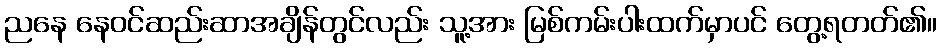
ညနေ နေဝင်ဆည်းဆာအချိန်တွင်လည်း သူ့အား မြစ်ကမ်းပါးထက်မှာပင် တွေ့ရတတ်၏။